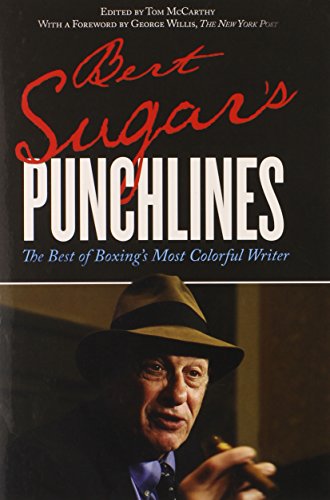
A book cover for Bert Sugar's Punchlines: The Best of Boxing's Most Colorful Writer; Bert Randolph Sugar; Sports & Outdoors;